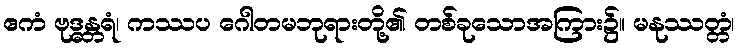
ဧကံ ဗုဒ္ဓန္တရံ၊ ကဿပ ဂေါတမဘုရားတို့၏ တစ်ခုသောအကြား၌။ မနုဿတ္တံ၊